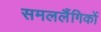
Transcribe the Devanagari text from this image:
समललैंगिकों